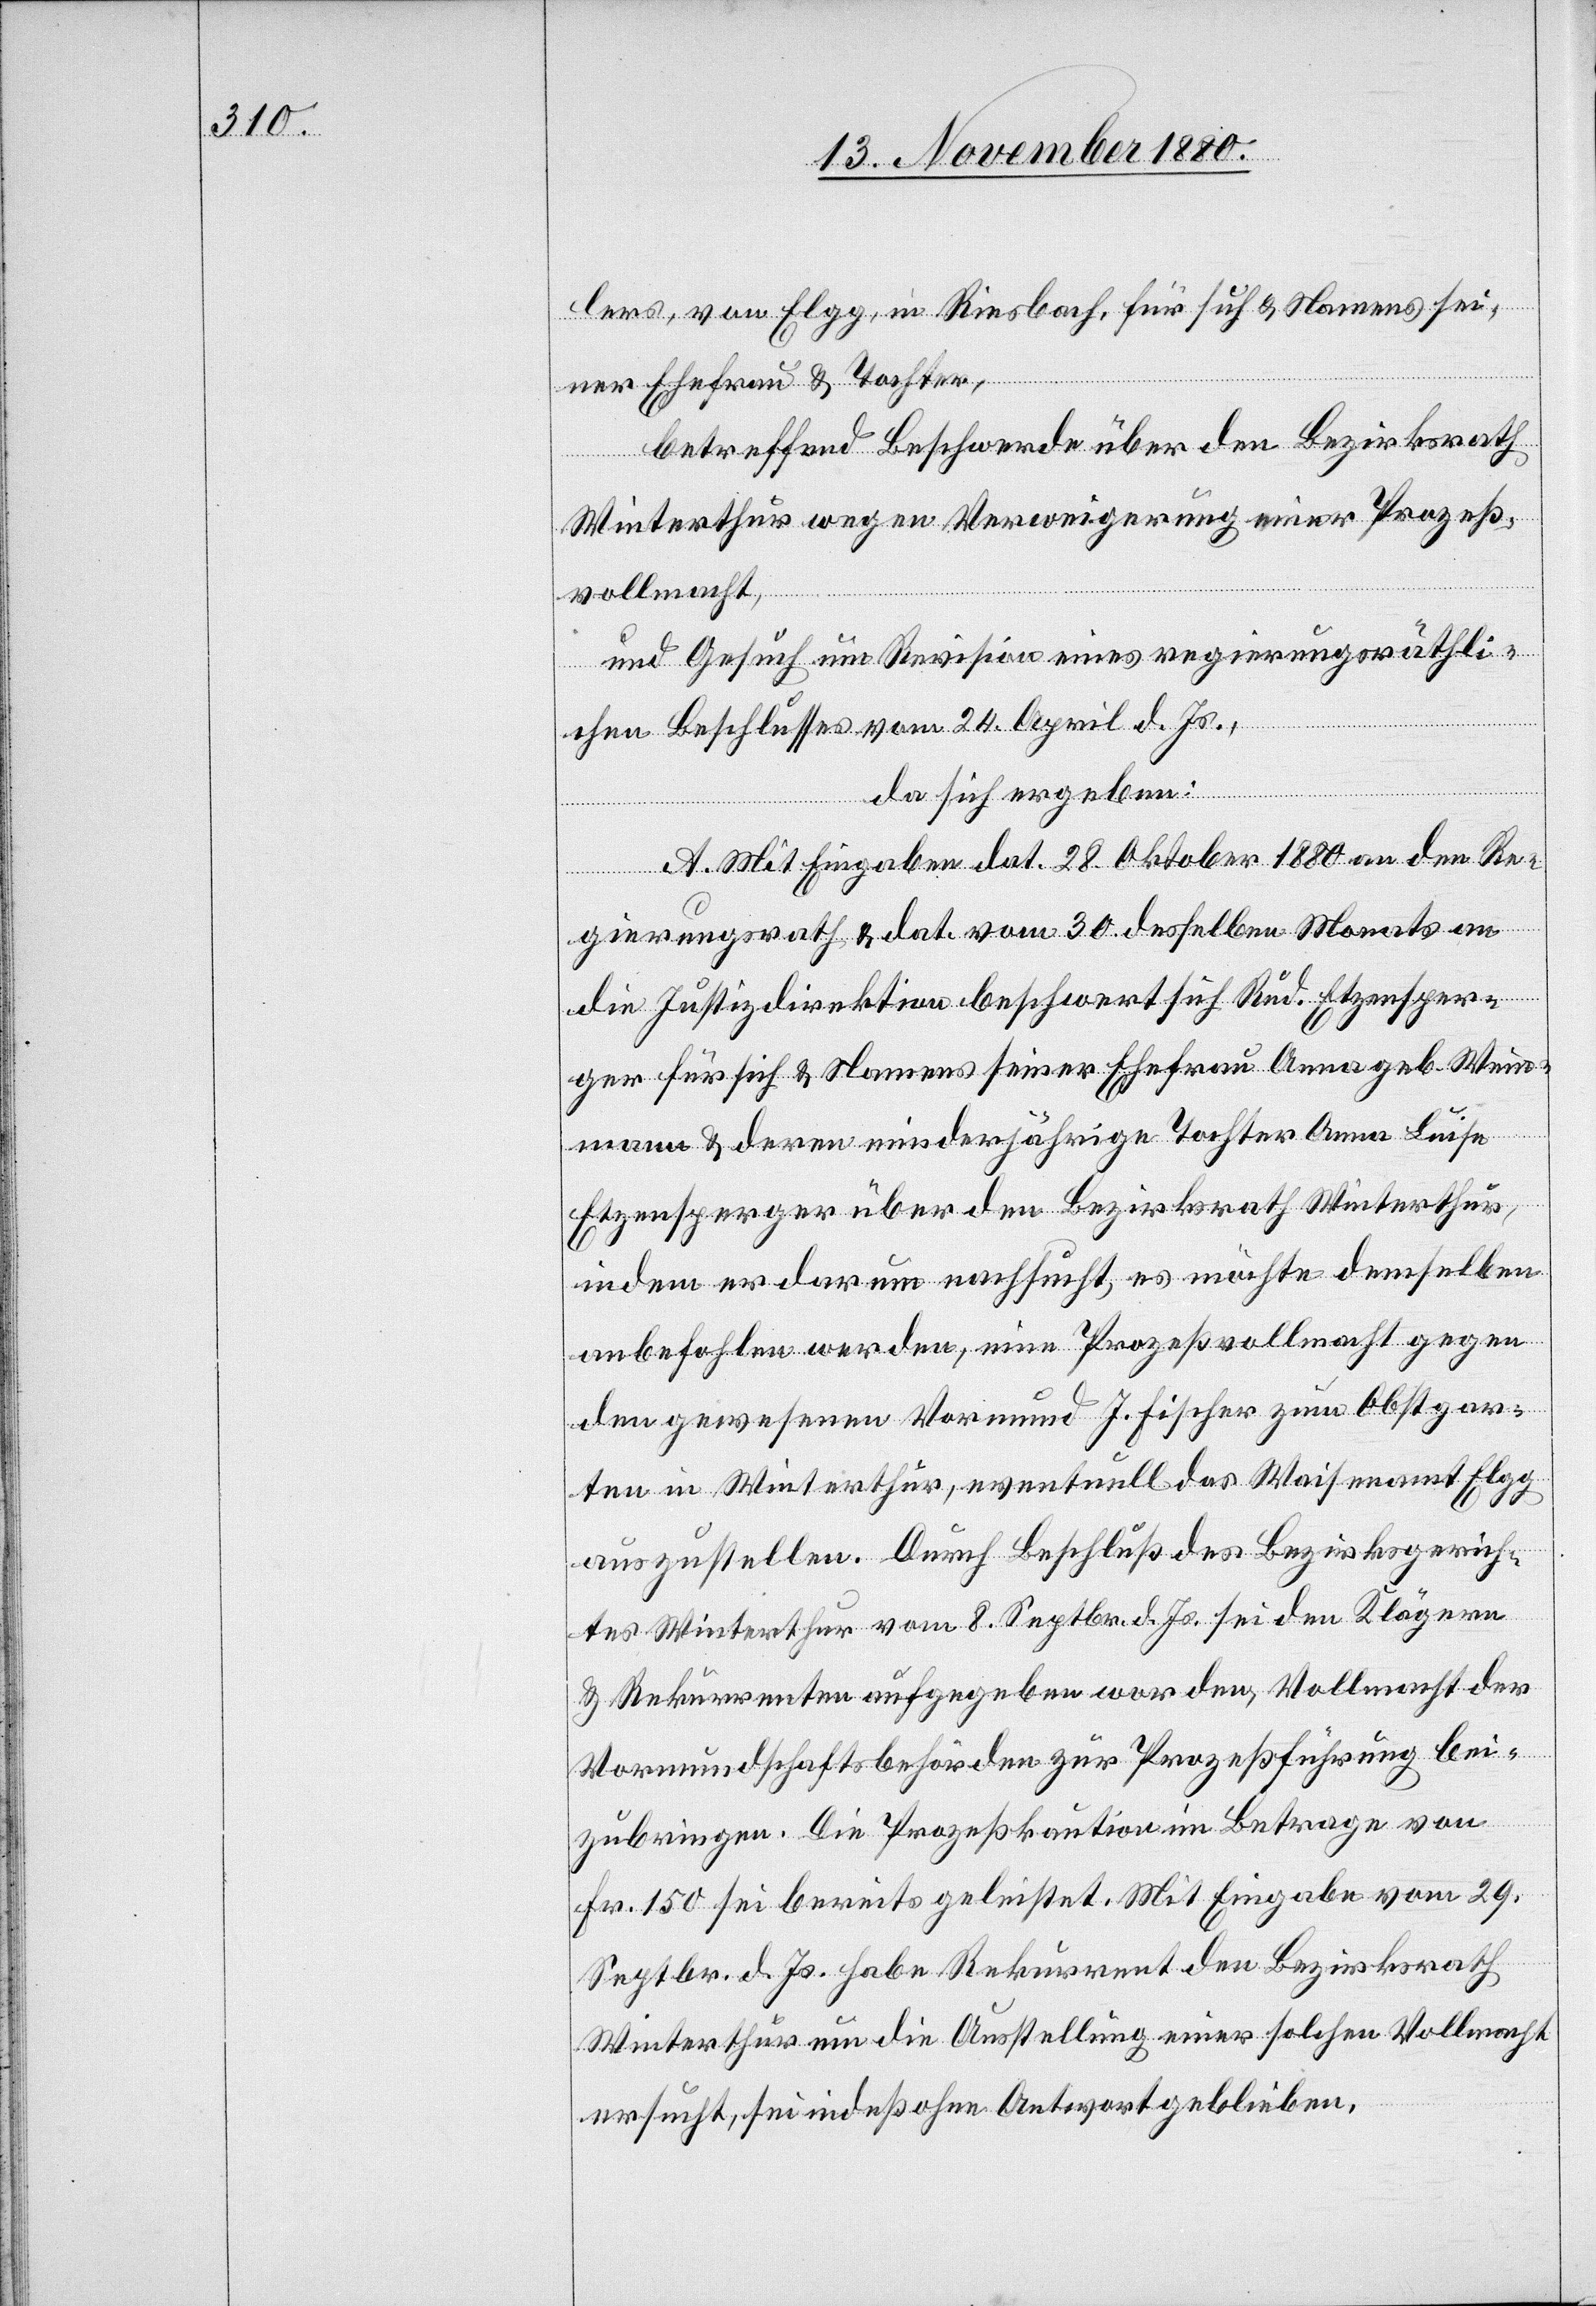
lers, von Elgg, in Riesbach, für sich & Namens sei¬
ner Ehefrau & Tochter,
betreffend Beschwerde über den Bezirksrath
Winterthur wegen Verweigerung einer Prozeß¬
vollmacht,
und Gesuch um Revision eines regierungsräthli¬
chen Beschlusses vom 24. April d. Js.,
da sich ergeben:
A. Mit Eingabe dat. 28. Oktober 1880 an den Re¬
gierungsrath & dat. vom 30. desselben Monats an
die Justizdirektion beschwert sich Rud. Etzensper¬
ger für sich & Namens seiner Ehefrau Anna geb. Wein¬
mann & deren minderjährigen Tochter Anna Luise
Etzensperger über den Bezirksrath Winterthur,
indem er darum nachsucht, es möchte demselben
anbefohlen werden, eine Prozeßvollmacht gegen
den gewesenen Vormund J. Fischer zum Obstgar¬
ten in Winterthur, eventuell das Waisenamt Elgg
auszustellen. Durch Beschluß des Bezirksgerich¬
tes Winterthur vom 8. Septbr. d. Js. sei den Klägern
& Rekurrenten aufgegeben worden, Vollmacht der
Vormundschaftsbehörden zur Prozeßführung bei¬
zubringen. Die Prozeßkaution im Betrage von
Fr. 150 sei bereits geleistet. Mit Eingabe vom 29.
Septbr. d. Js. habe Rekurrent den Bezirksrath
Winterthur um die Ausstellung einer solchen Vollmacht
ersucht, sei indeß ohne Antwort geblieben.